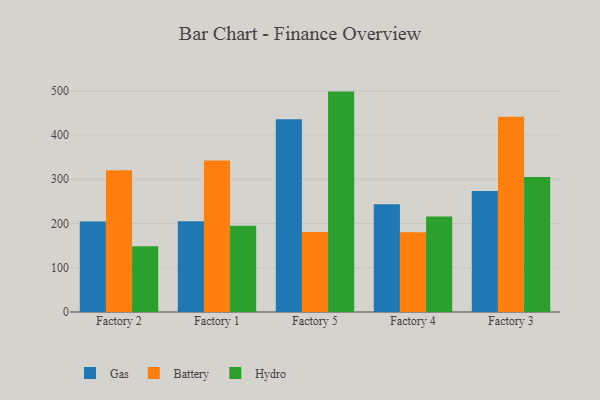
{"axis": {"x": "Factory", "y": "Market Share (%)"}, "legend": ["Battery", "Gas", "Hydro"], "data": [{"x": "Factory 2", "y": 204.3, "type": "Gas"}, {"x": "Factory 2", "y": 320.5, "type": "Battery"}, {"x": "Factory 2", "y": 148.7, "type": "Hydro"}, {"x": "Factory 1", "y": 205.3, "type": "Gas"}, {"x": "Factory 1", "y": 342.5, "type": "Battery"}, {"x": "Factory 1", "y": 194.8, "type": "Hydro"}, {"x": "Factory 5", "y": 435.5, "type": "Gas"}, {"x": "Factory 5", "y": 180.9, "type": "Battery"}, {"x": "Factory 5", "y": 498.0, "type": "Hydro"}, {"x": "Factory 4", "y": 243.3, "type": "Gas"}, {"x": "Factory 4", "y": 180.3, "type": "Battery"}, {"x": "Factory 4", "y": 215.6, "type": "Hydro"}, {"x": "Factory 3", "y": 273.3, "type": "Gas"}, {"x": "Factory 3", "y": 441.3, "type": "Battery"}, {"x": "Factory 3", "y": 305.0, "type": "Hydro"}]}